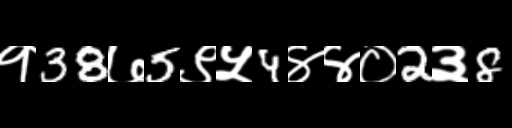
Text: १38७5९५4४४०2३8